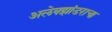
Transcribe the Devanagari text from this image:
अलेक्झांडराचा